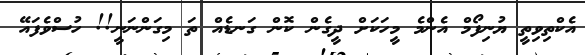
އެކްތިވިތީ ޔުނިފޯމް އެންމެ މީހަކަށް ދީގެން ކޮން ގަނޑެއް ތަ މިގަންނަނީ!! ހުސްވެފައޭ